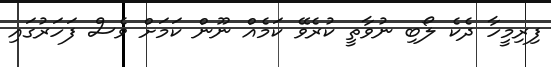
ފިރިމީހާ ދެކެ ލޯބި ނުވާތީ ކުރެވޭ ކަމެއް ނޫން ކަމަށް ވެސް ފަހަރުގައި